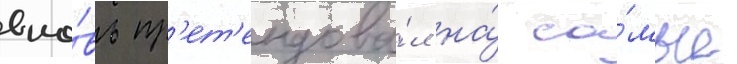
вно́вь пр'ет'ендова́л на́ са́мые